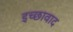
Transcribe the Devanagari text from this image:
इच्छावाद